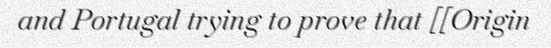
and Portugal trying to prove that [[Origin